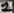
Text: 2